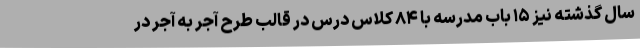
سال گذشته نیز ۱۵ باب مدرسه با ۸۴ کلاس درس در قالب طرح آجر به آجر در